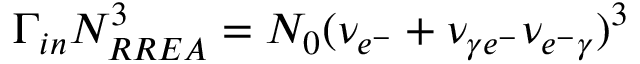
\Gamma _ { i n } N _ { R R E A } ^ { 3 } = N _ { 0 } ( \nu _ { e ^ { - } } + \nu _ { \gamma e ^ { - } } \nu _ { e ^ { - } \gamma } ) ^ { 3 }